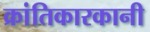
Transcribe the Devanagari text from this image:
क्रांतिकारकानी